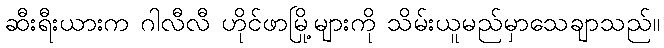
ဆီးရီးယားက ဂါလီလီ ဟိုင်ဖာမြို့များကို သိမ်းယူမည်မှာသေချာသည်။